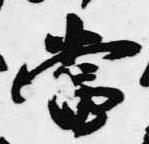
当